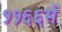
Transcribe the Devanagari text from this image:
११६६में